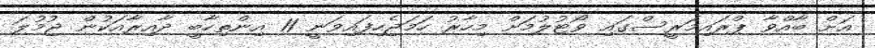
އަށް ބާއްވާ ޕްރައިމަރީސްގައި ވޯޓުލުމަށް މިހާރު ހަމަޖެހިފައިވަނީ 11 އިންތިހާބީ ދާއިރާއަކުން ޖުމުލަ